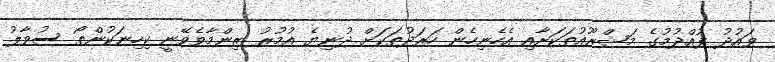
ވައުދު ފުއްދުމުގެ މަޝްރޫއުތަކަށާއި އެހެނިހެން ހަރަދުތަކަށް ދުނިޔެ އުމުރު ޒިންމާވެވޭނީ ކިހިނަކުންތޯ ސުވާލު